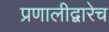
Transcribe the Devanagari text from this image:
प्रणालीद्वारेच